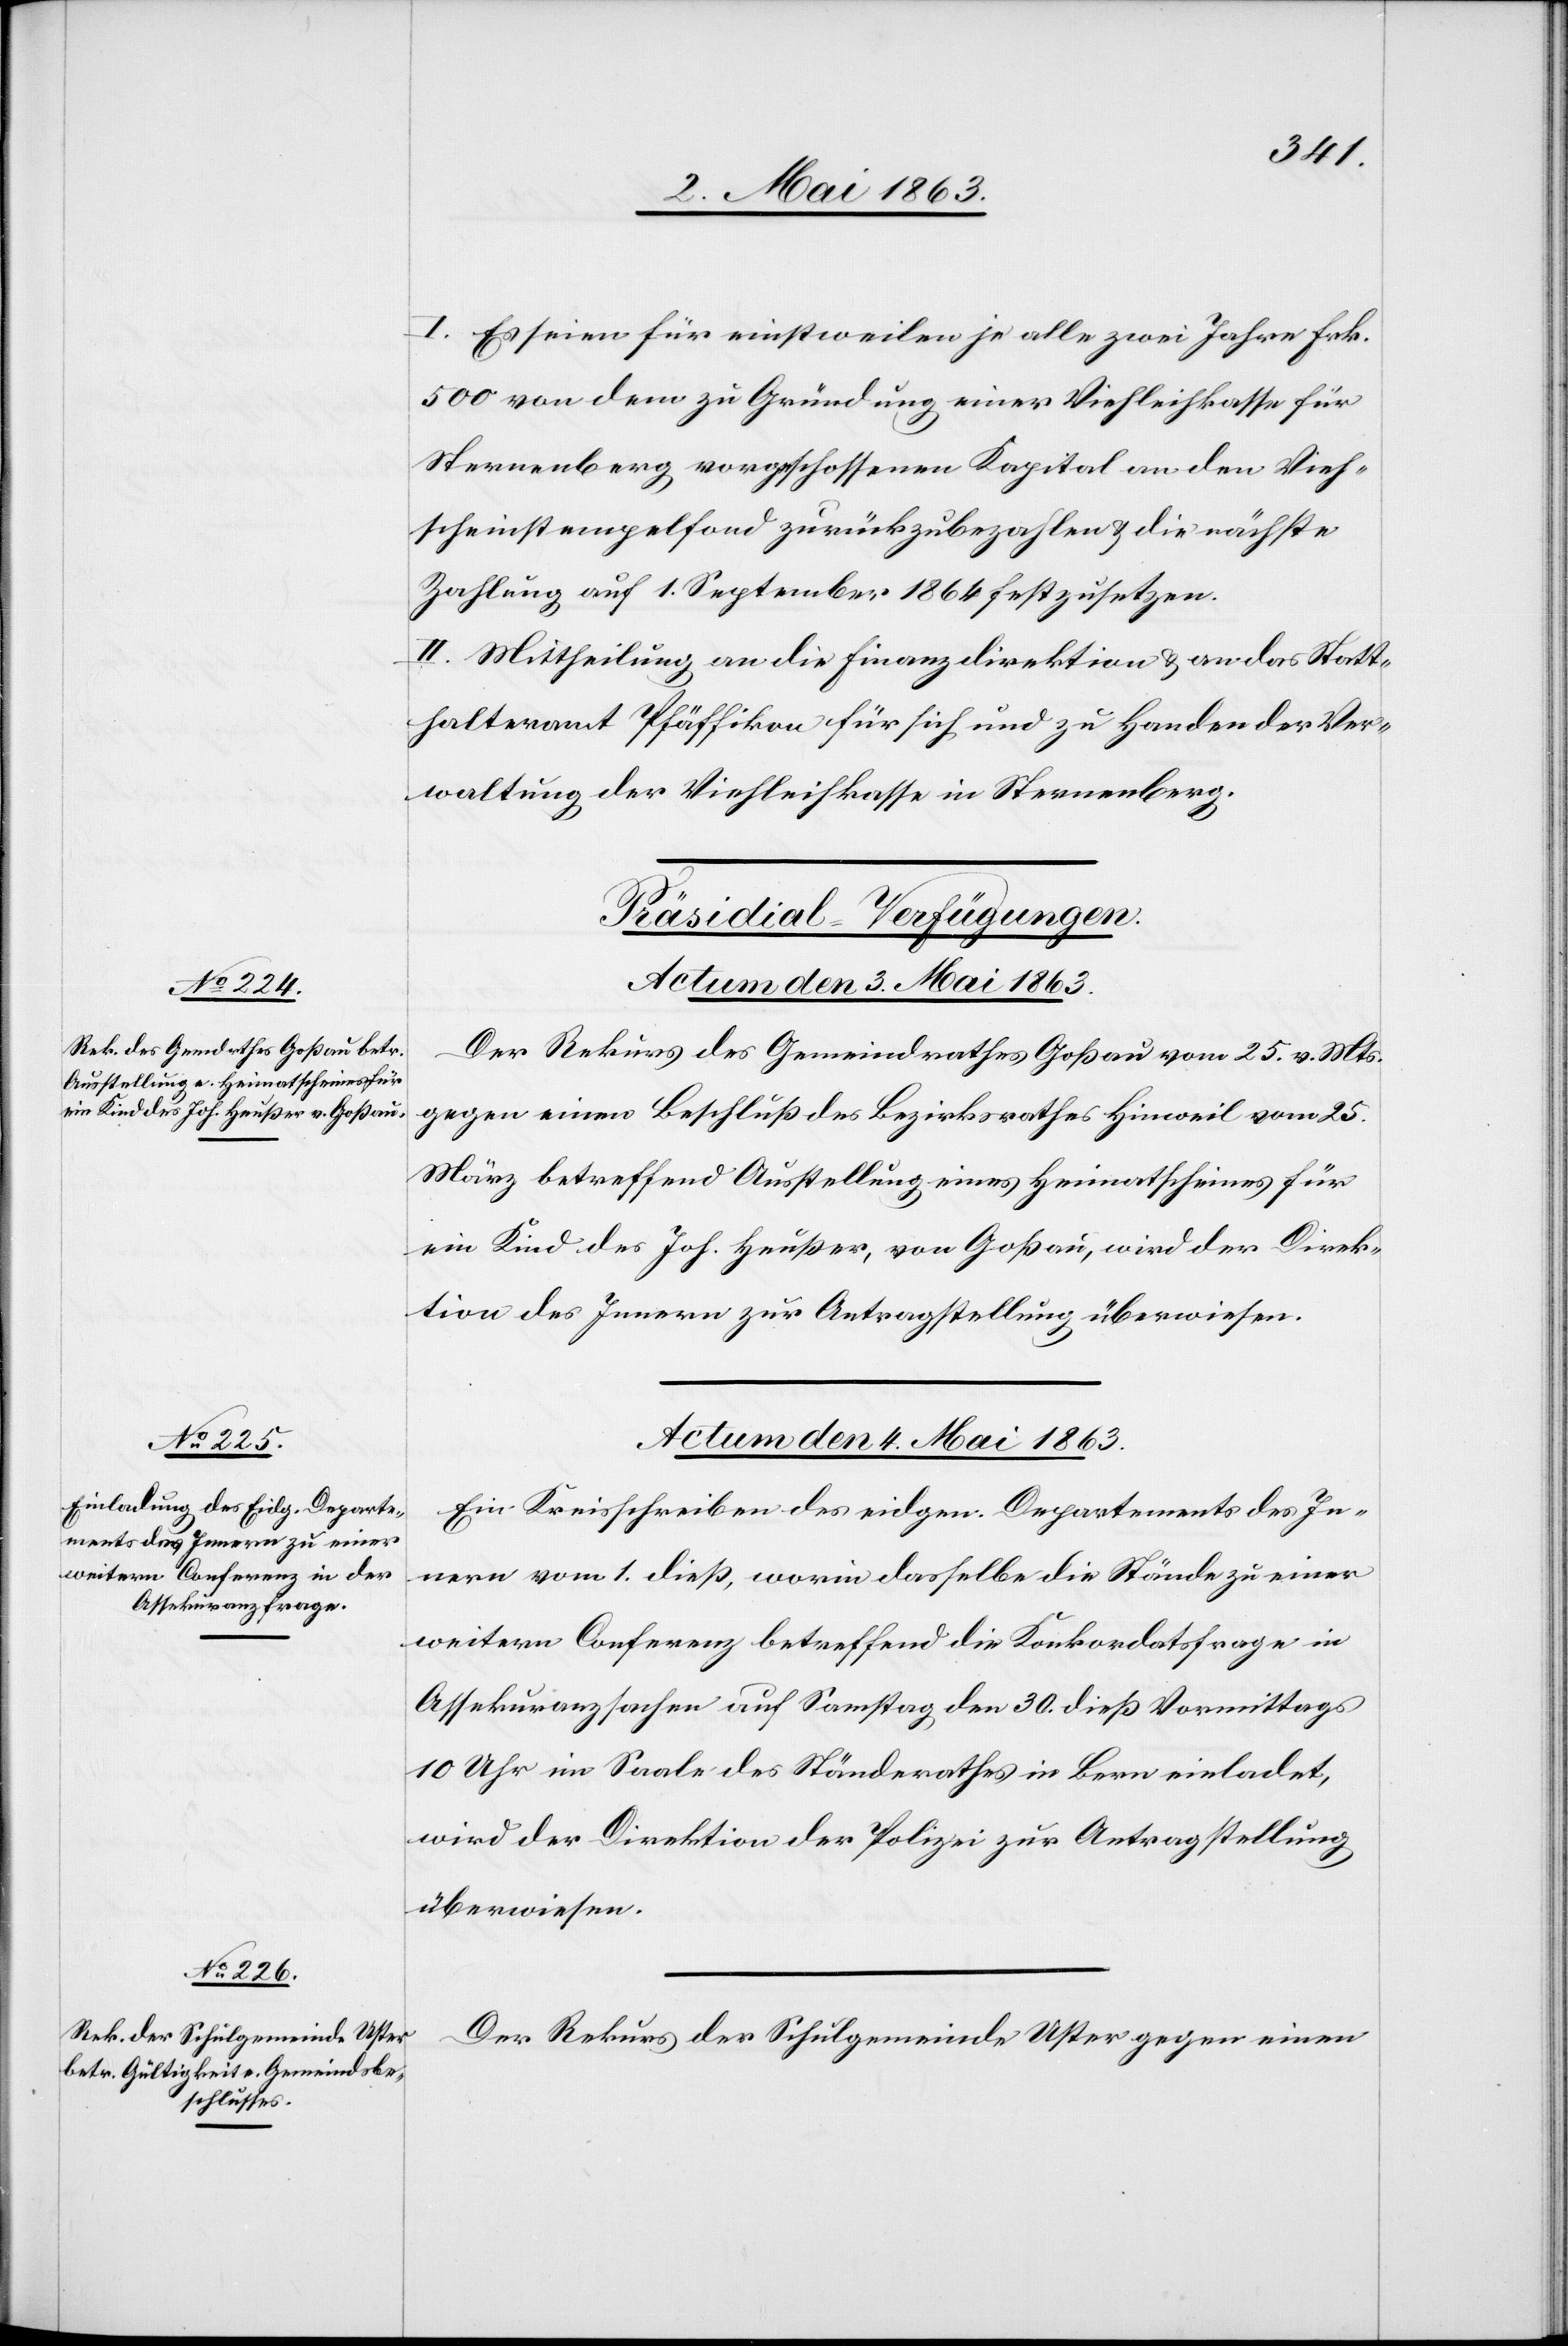
I. Es seien für einstweilen je alle zwei Jahre Frk.
500 von dem zu Gründung einer Viehleihkasse für
Sternenberg vorgeschossenen Kapital an den Vieh¬
scheinstempelfond zurückzubezahlen & die nächste
Zahlung auf 1. September 1864 festzusetzen.
II. Mittheilung an die Finanzdirektion & an das Statt¬
halteramt Pfäffikon für sich und zu Handen der Ver¬
waltung der Viehleihkasse in Sternenberg.
[Präsidial-Verfügungen.
Actum den 4. Mai 1863.]
Der Rekurs des Gemeindrathes Goßau vom 25. v. Mts.
gegen einen Beschluß des Bezirksrathes Hinweil vom 25.
März betreffend Ausstellung eines Heimatscheines für
ein Kind des Joh. Heußer, von Goßau, wird der Direk¬
tion des Innern zur Antragstellung überwiesen.
Ein Kreisschreiben des eidgen. Departements des In¬
nern vom 1. dieß, worin dasselbe die Stände zu einer
weitern Conferenz betreffend die Konkordatsfrage in
Assekuranzsachen auf Samstag den 30. dieß Vormittags
10 Uhr im Saale des Ständerathes in Bern einladet,
wird der Direktion der Polizei zur Antragstellung
überwiesen.
Der Rekurs der Schulgemeinde Uster gegen einen